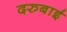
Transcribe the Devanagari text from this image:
दरुबाई